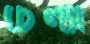
চৈল্যা